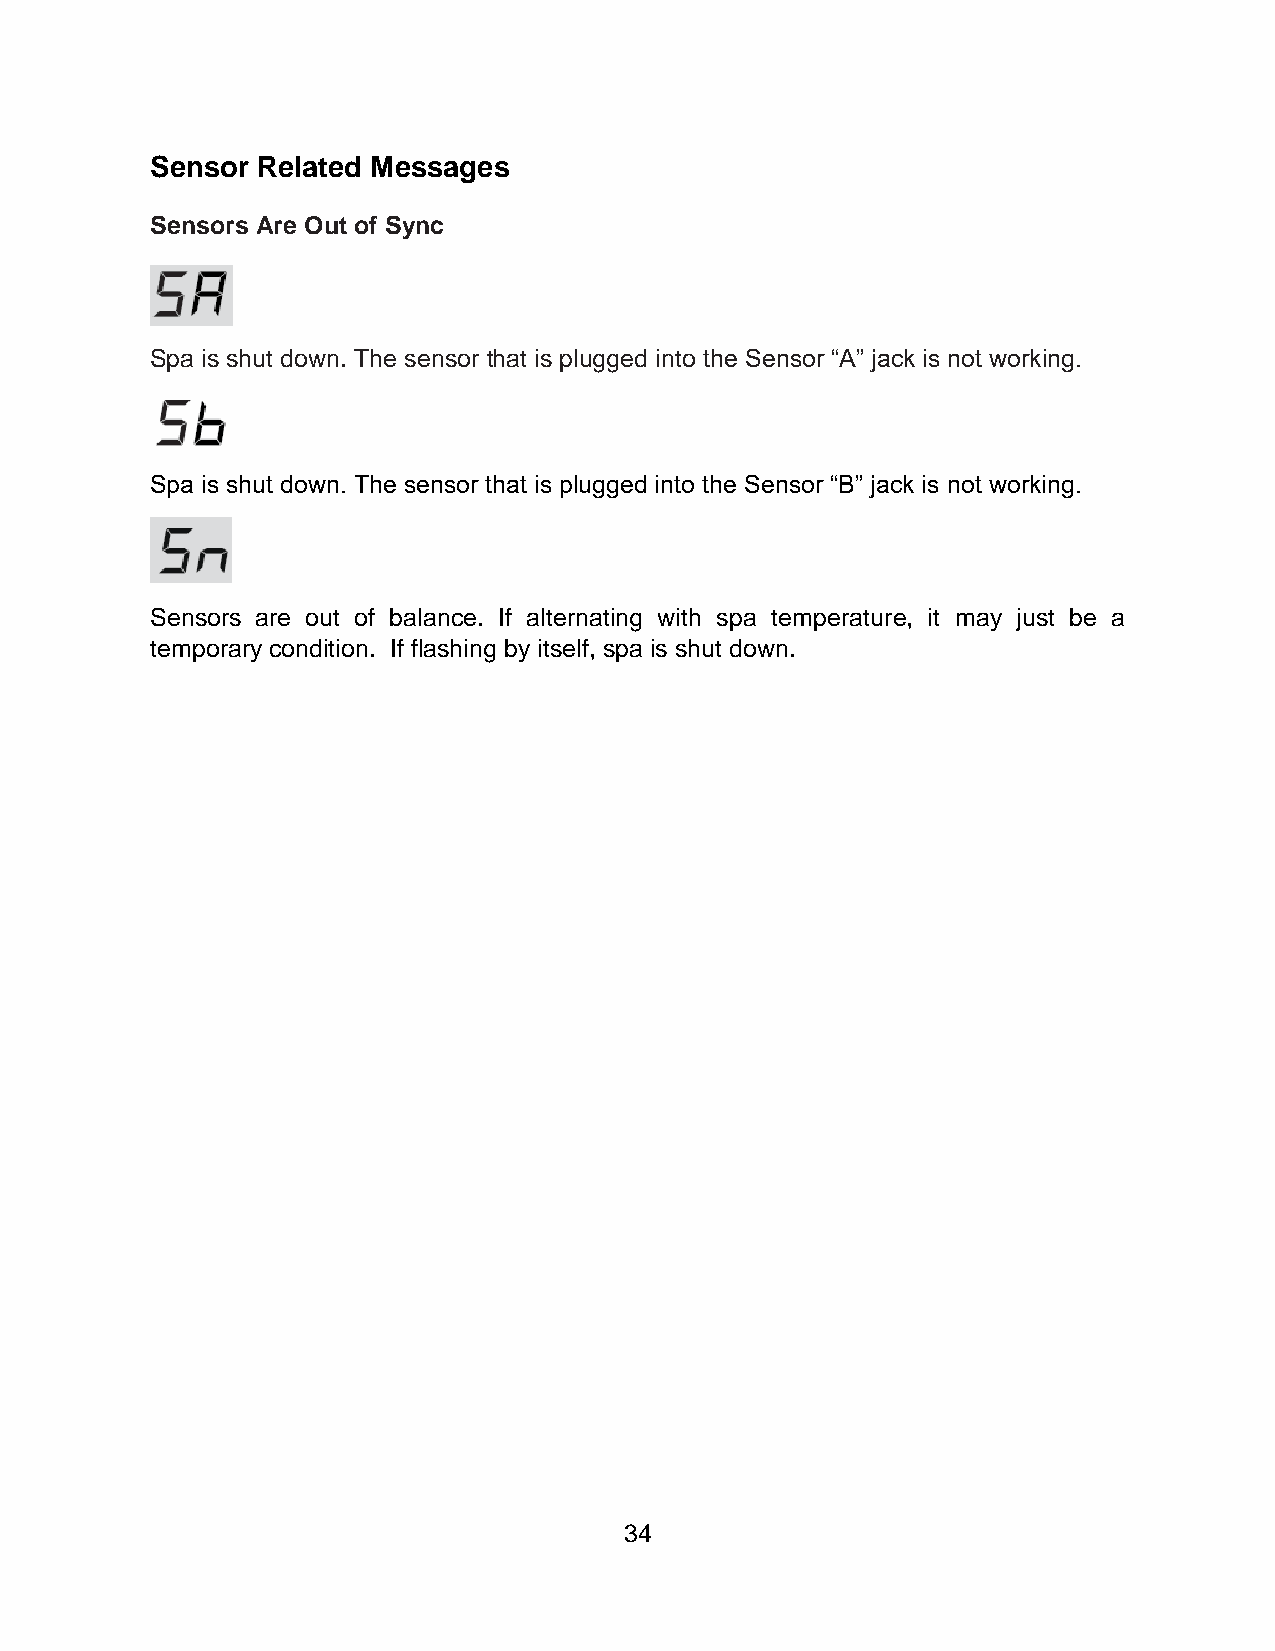
Sensor Related Messages
 Sensors Are Out of Sync
 Spa is shut down. The sensor that is plugged into the Sensor “A” jack is not working.
 Spa is shut down. The sensor that is plugged into the Sensor “B” jack is not working.
 Sensors are out of balance. If alternating with spa temperature, it may just be a
 temporary condition. If flashing by itself, spa is shut down.
 34